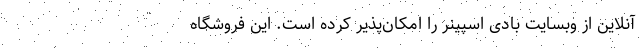
آنلاین از وبسایت بادی اسپینر را امکان‌پذیر کرده است. این فروشگاه